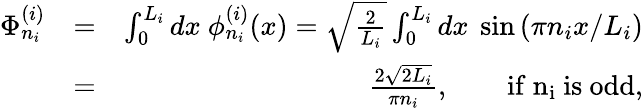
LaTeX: \begin{array}{rlr}{\Phi_{n_{i}}^{(i)}}&{=}&{\int_{0}^{L_{i}}dx\ \phi_{n_{i}}^{(i)}(x)=\sqrt{\frac{2}{L_{i}}}\int_{0}^{L_{i}}dx\ \sin{(\pi n_{i}x/L_{i})}}\\ &{=}&{\frac{2\sqrt{2L_{i}}}{\pi n_{i}},\quad\quad\mathrm{if~n_i~is~odd},}\end{array}